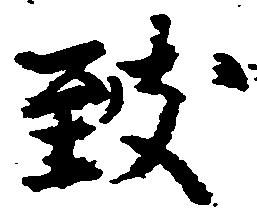
致